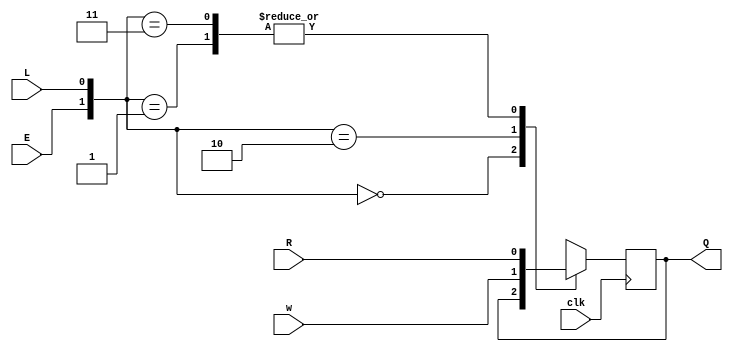
module top_module (
    input clk,
    input w, R, E, L,
    output Q
);

    always @ (posedge clk) begin
        case ({E,L})
            2'b00: Q = Q;
            2'b01: Q = R;
            2'b10: Q = w;
            2'b11: Q = R;
        endcase
    end
    
endmodule